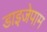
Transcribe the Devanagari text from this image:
डाइजेपाम